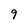
Character: 9